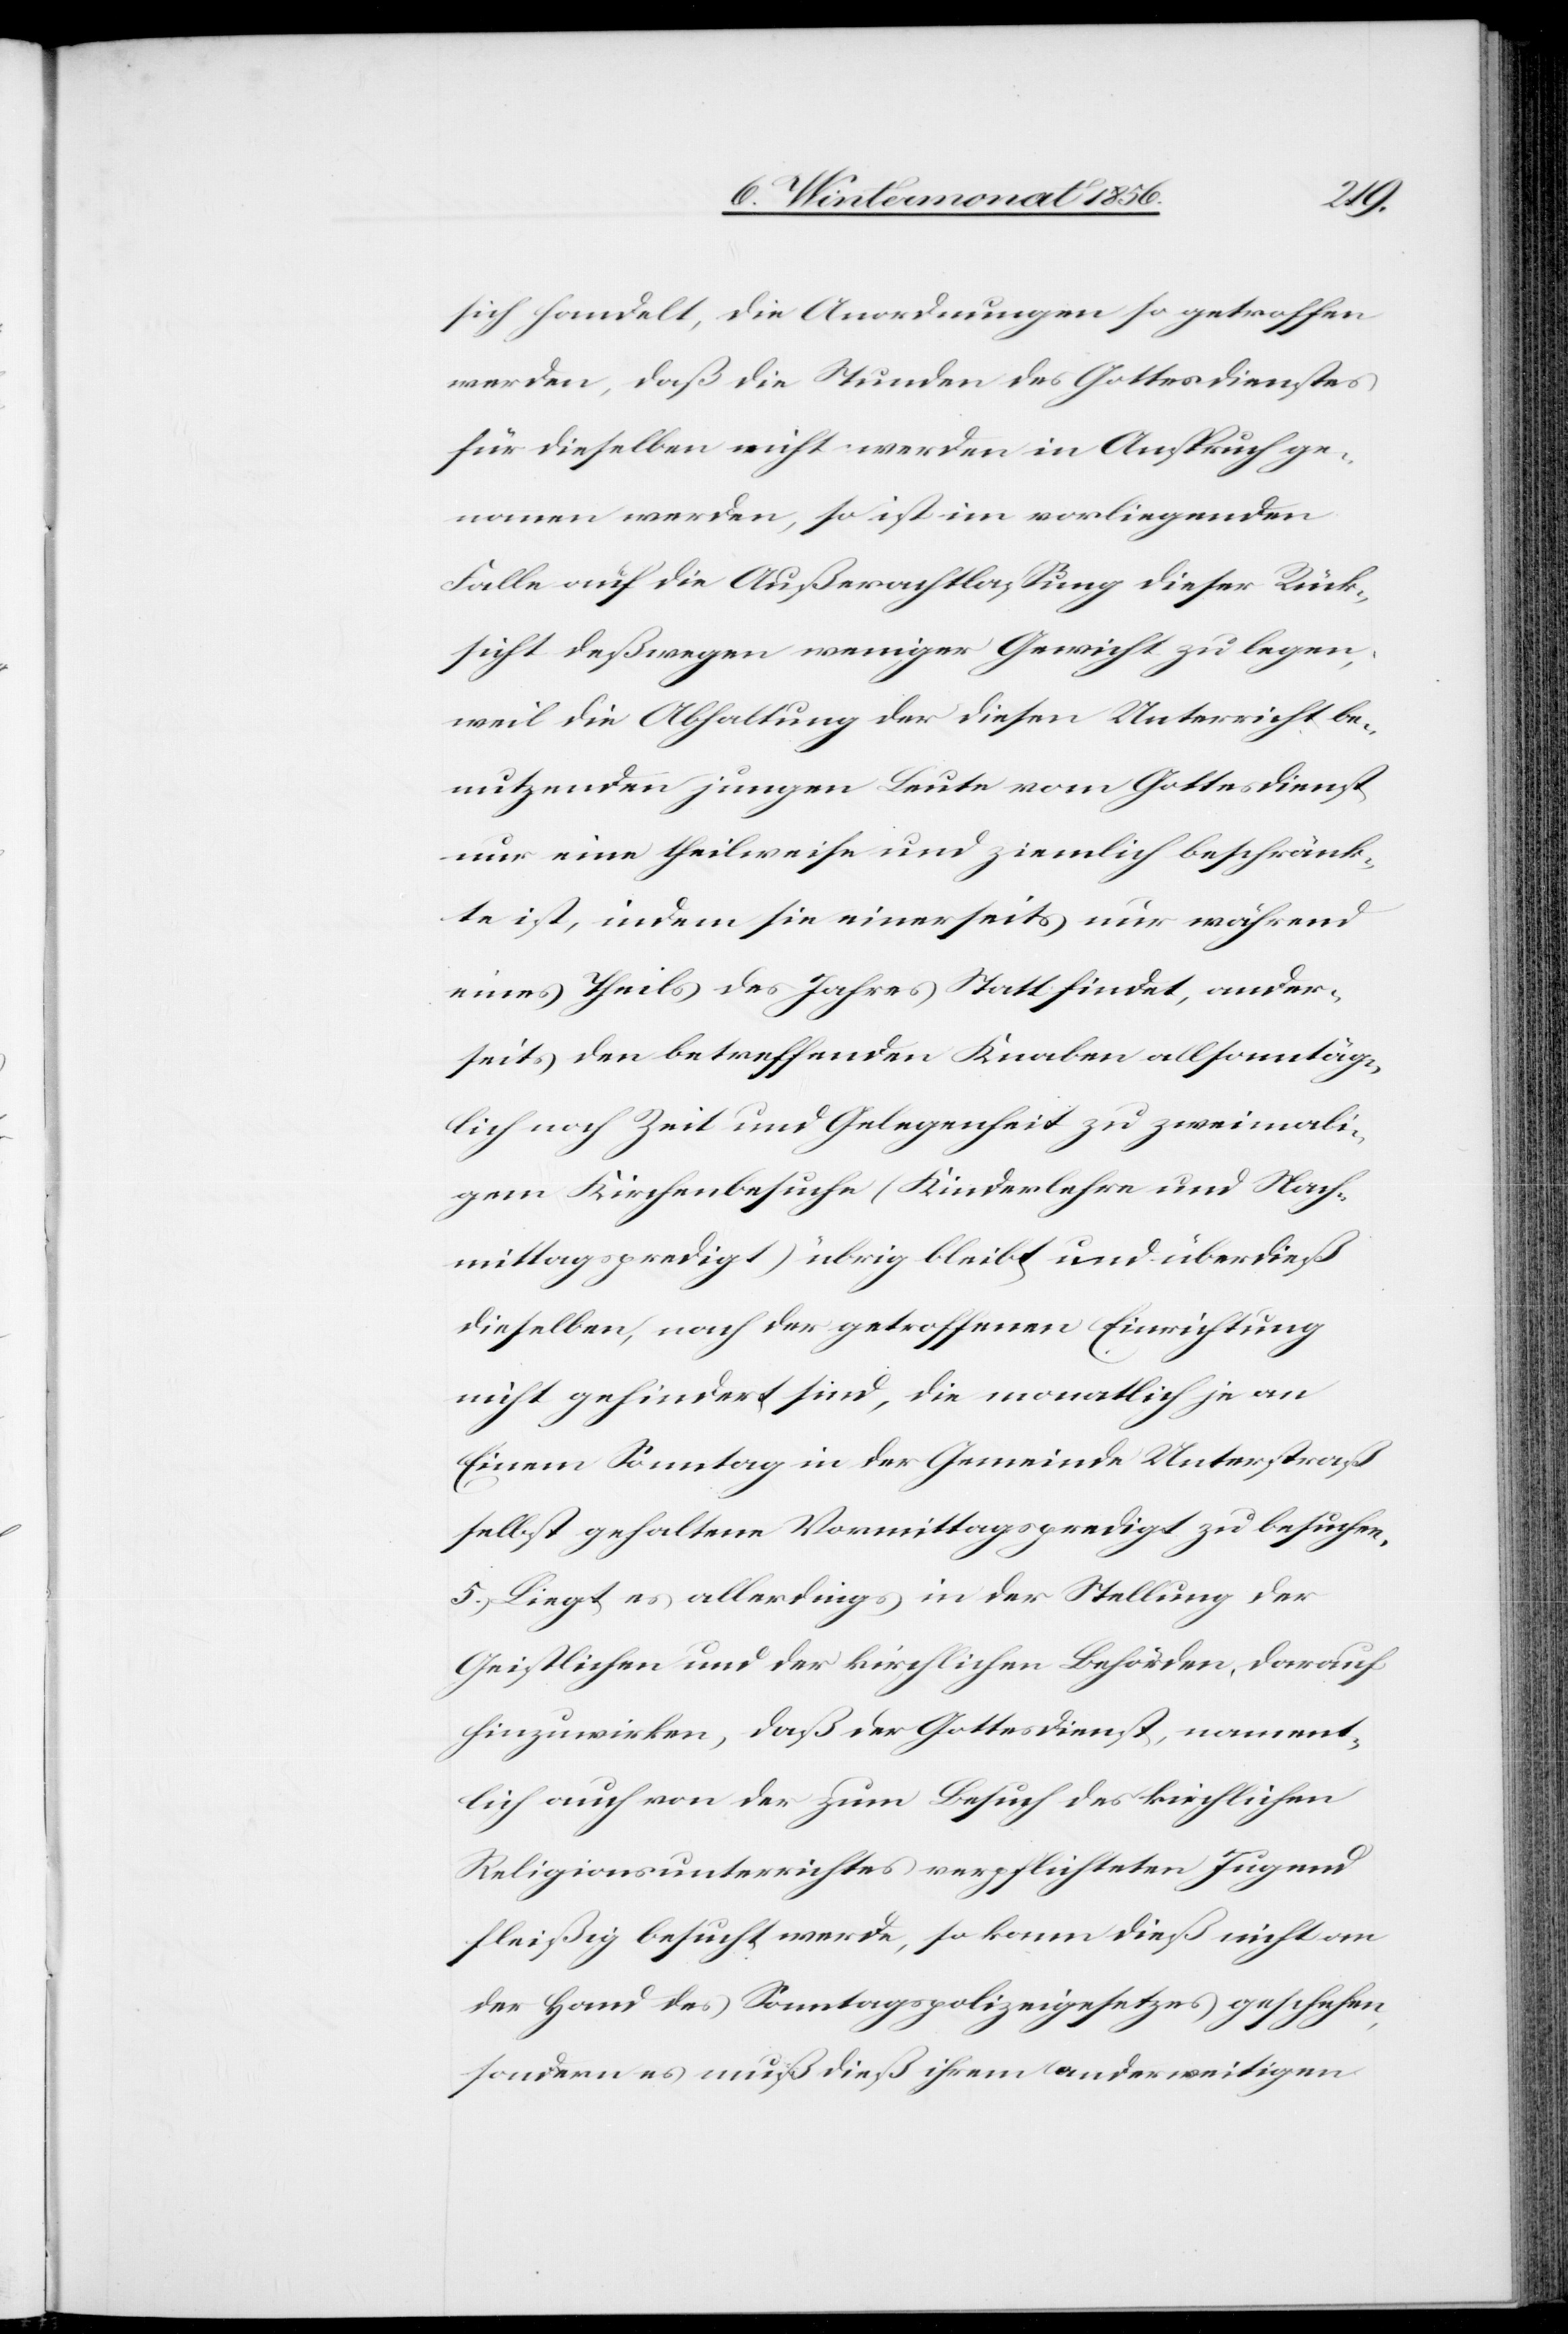
sich handelt, die Anordnungen so getroffen
werden, daß die Stunden des Gottesdienstes
für dieselben nicht werden in Anspruch ge¬
nommen werden, so ist im vorliegenden
Falle auf die Außerachtlassung dieser Rück¬
sicht deßwegen weniger Gewicht zu legen,
weil die Abhaltung der diesen Unterricht be¬
nutzenden jungen Leute vom Gottesdienst
nur eine theilweise und ziemlich beschränk¬
te ist, indem sie einerseits nur während
eines Theils des Jahres Statt findet, ander¬
seits den betreffenden Knaben allsonntäg¬
lich noch Zeit und Gelegenheit zu zweimali¬
gem Kirchenbesuche (Kinderlehre und Nach¬
mittagspredigt) übrig bleibt und überdieß
dieselben, nach der getroffenen Einrichtung
nicht gehindert sind, die monatlich je an
Einem Sonntag in der Gemeinde Unterstraß
selbst gehaltene Vormittagspredigt zu besuchen.
5.) Liegt es allerdings in der Stellung der
Geistlichen und der kirchlichen Behörden, darauf
hinzuwirken, daß der Gottesdienst, nament¬
lich auch von der zum Besuch des kirchlichen
Religionsunterrichtes verpflichteten Jugend
fleißig besucht werde, so kann dieß nicht an
der Hand des Sonntagspolizeigesetzes geschehen,
sondern es muß dieß ihrem anderweitigen